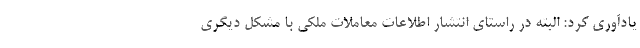
یادآوری کرد: البته در راستای انتشار اطلاعات معاملات ملکی با مشکل دیگری